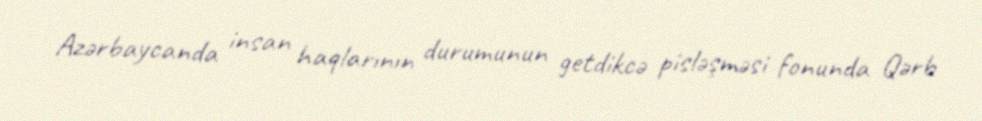
Azərbaycanda insan haqlarının durumunun getdikcə pisləşməsi fonunda Qərb